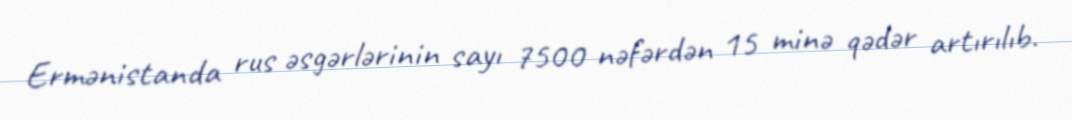
Ermənistanda rus əsgərlərinin sayı 7500 nəfərdən 15 minə qədər artırılıb.